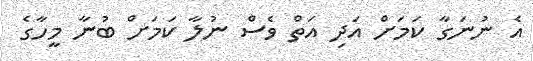
އެ ނުނަގާ ކަމަށް އަދި އަތް ވެސް ނުލާ ކަމަށް ބުނާ މީހާގެ